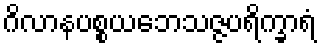
ဂိလာနပစ္စယဘေသဇ္ဇပရိက္ခာရံ